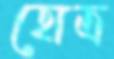
হোত্র